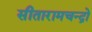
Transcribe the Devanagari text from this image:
सीतारामचन्द्रो